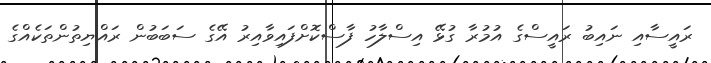
ރައީސާއި ނައިބު ރައީސްގެ އުމުރާ ގުޅޭ އިސްލާހު ފާސްކޮށްފައިވާއިރު އޭގެ ސަބަބުން ރައްޔިތުންތަކެއްގެ